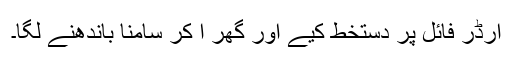
آرڈر فائل پر دستخط کیے اور گھر آ کر سامنا باندھنے لگا۔